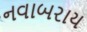
નવાબરાય